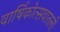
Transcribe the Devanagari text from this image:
वार्षिकोत्सवातली